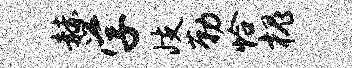
赫学歧勒恰槐